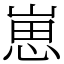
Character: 崽